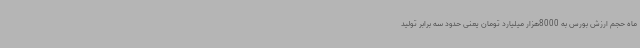
ماه حجم ارزش بورس به 8000هزار میلیارد تومان یعنی حدود سه برابر تولید